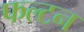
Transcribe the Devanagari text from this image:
फल्टन